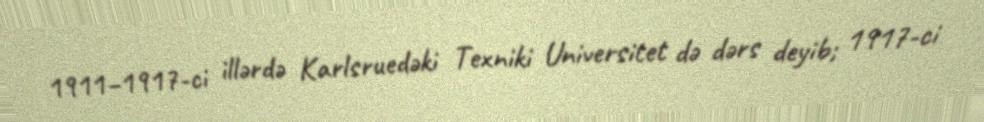
1911–1917-ci illərdə Karlsruedəki Texniki Universitet də dərs deyib; 1917-ci